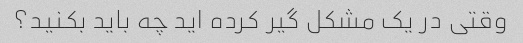
وقتی در یک مشکل گیر کرده اید چه باید بکنید؟